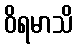
ဝိရမာသိ